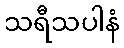
သရီသပါနံ